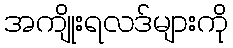
အကျိုးရလဒ်များကို